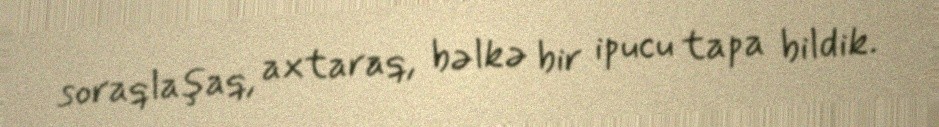
soraqlaşaq, axtaraq, bəlkə bir ipucu tapa bildik.